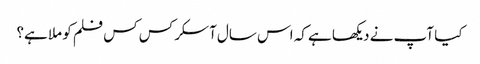
کیا آپ نے دیکھا ہے کہ اس سال آسکر کس کس فلم کو ملا ہے؟